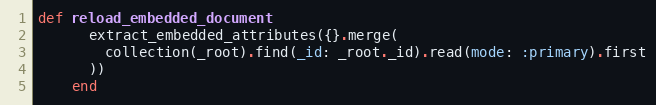
Language: Ruby
def reload_embedded_document
      extract_embedded_attributes({}.merge(
        collection(_root).find(_id: _root._id).read(mode: :primary).first
      ))
    end